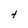
Character: t